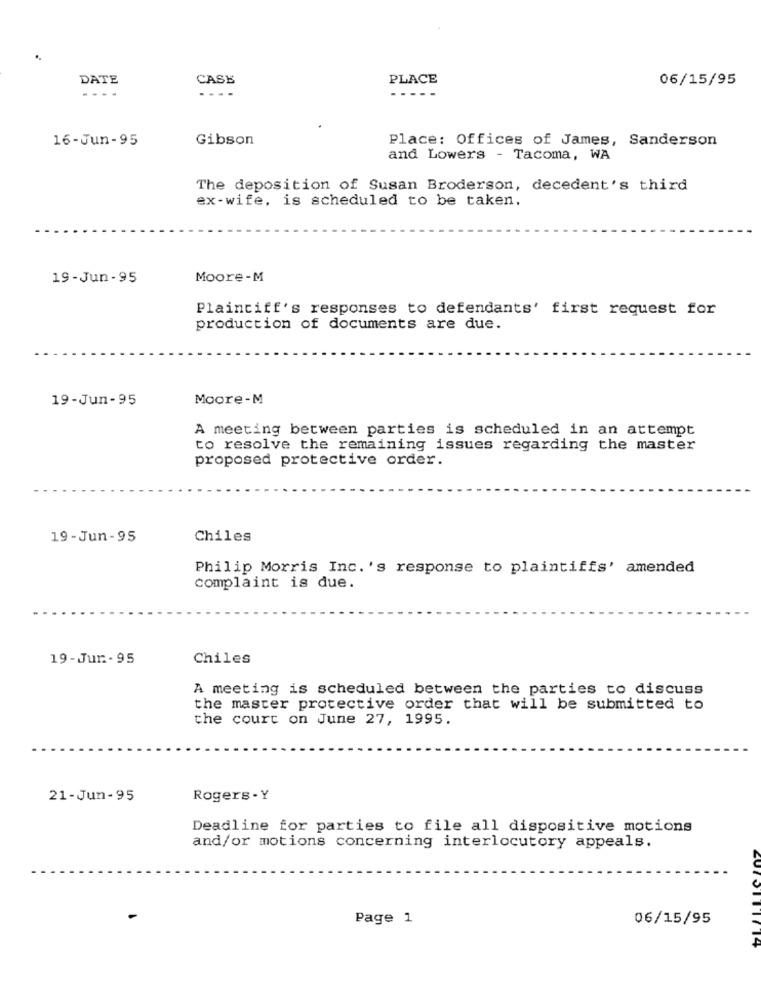
DATE
CASE
PLACE
06/15/95
...
...
16-Jun-95
Gibson
Place: Offices of James, Sanderson
and Lowers - Tacoma, WA
The deposition of Susan Broderson, decedent's third
ex-wife, is scheduled to be taken.
19-Jun - 95
Moore-M
Plaintiff's responses to defendants' first request for
production of documents are due.
19-Jun-95
Moore-M
A meeting between parties is scheduled in an attempt
to resolve the remaining issues regarding the master
proposed protective order.
19 -Jun -95
Chiles
Philip Morris Inc. 's response to plaintiffs' amended
complaint is due.
19 -Jur. . 95
Chiles
A meeting is scheduled between the parties to discuss
the master protective order that will be submitted to
the court on June 27, 1995.
21-Jun-95
Rogers - Y
Deadline for parties to file all dispositive motions
and/or motions concerning interlocutory appeals.
Page 1
06/15/95
14